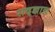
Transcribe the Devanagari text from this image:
सद्ज्ञान